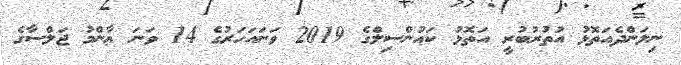
ނިލަންދެއަތޮޅު އުތުރުބުރީ އަތޮޅު ކައުންސިލްގެ 2019 ވަނައަހަރުގެ 14 ވަނަ ޢާންމު ޖަލްސާގެ